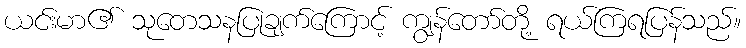
ယင်းမာ၏ သုတေသနပြုချက်ကြောင့် ကျွန်တော်တို့ ရယ်ကြရပြန်သည်။